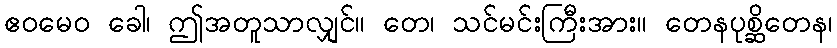
ဧဝမေဝ ခေါ၊ ဤအတူသာလျှင်။ တေ၊ သင်မင်းကြီးအား။ တေနပုစ္ဆိတေန၊